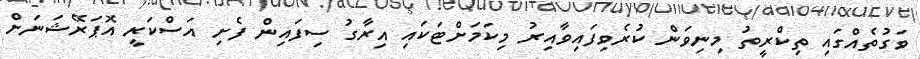
ވަގުތެއްގައި ތިކްރީތު މިނިވަން ކުރެވިފައިވާއިރު މިކަމަށްޓަކައި އިރާގު ސިފައިން ފެށި އަސްކަރީ އޮޕަރޭޝަނަށް